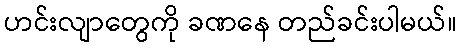
ဟင်းလျာတွေကို ခဏနေ တည်ခင်းပါမယ်။